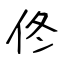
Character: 佟